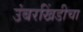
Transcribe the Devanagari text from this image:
उंबरखिंडीचा